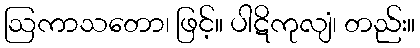
ဩကာသတော၊ ဖြင့်။ ပါဋိကုလျံ၊ တည်း။